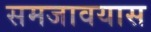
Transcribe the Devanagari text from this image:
समजावयास